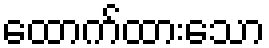
ထောက်ထားသော